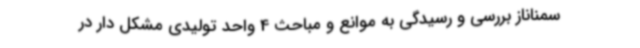
سمناناز بررسی و رسیدگی به موانع و مباحث 4 واحد تولیدی مشکل دار در